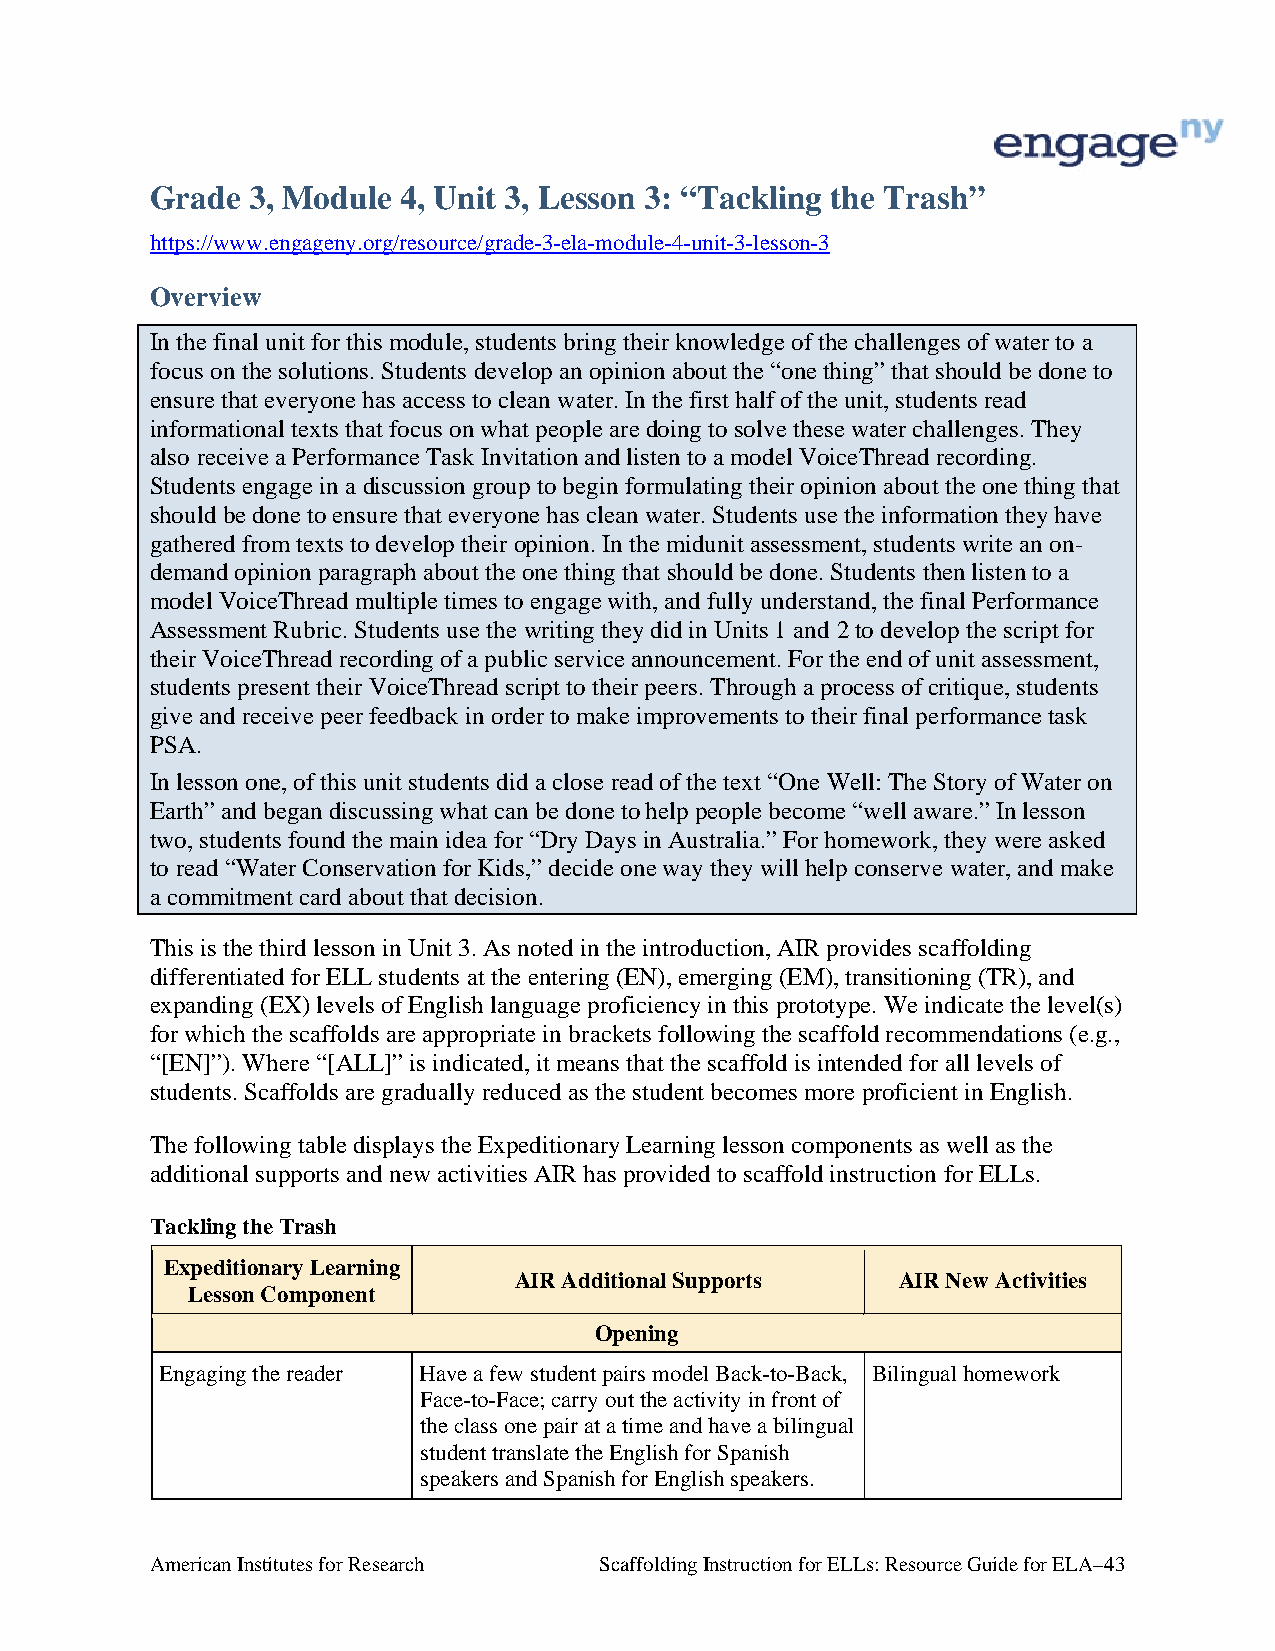
Grade 3, Module 4, Unit 3, Lesson 3: “Tackling the Trash”
 https://www.engageny.org/resource/grade-3-ela-module-4-unit-3-lesson-3
 Overview
 In the final unit for this module, students bring their knowledge of the challenges of water to a
 focus on the solutions. Students develop an opinion about the “one thing” that should be done to
 ensure that everyone has access to clean water. In the first half of the unit, students read
 informational texts that focus on what people are doing to solve these water challenges. They
 also receive a Performance Task Invitation and listen to a model VoiceThread recording.
 Students engage in a discussion group to begin formulating their opinion about the one thing that
 should be done to ensure that everyone has clean water. Students use the information they have
 gathered from texts to develop their opinion. In the midunit assessment, students write an on-
 demand opinion paragraph about the one thing that should be done. Students then listen to a
 model VoiceThread multiple times to engage with, and fully understand, the final Performance
 Assessment Rubric. Students use the writing they did in Units 1 and 2 to develop the script for
 their VoiceThread recording of a public service announcement. For the end of unit assessment,
 students present their VoiceThread script to their peers. Through a process of critique, students
 give and receive peer feedback in order to make improvements to their final performance task
 PSA.
 In lesson one, of this unit students did a close read of the text “One Well: The Story of Water on
 Earth” and began discussing what can be done to help people become “well aware.” In lesson
 two, students found the main idea for “Dry Days in Australia.” For homework, they were asked
 to read “Water Conservation for Kids,” decide one way they will help conserve water, and make
 a commitment card about that decision.
 This is the third lesson in Unit 3. As noted in the introduction, AIR provides scaffolding
 differentiated for ELL students at the entering (EN), emerging (EM), transitioning (TR), and
 expanding (EX) levels of English language proficiency in this prototype. We indicate the level(s)
 for which the scaffolds are appropriate in brackets following the scaffold recommendations (e.g.,
 “[EN]”). Where “[ALL]” is indicated, it means that the scaffold is intended for all levels of
 students. Scaffolds are gradually reduced as the student becomes more proficient in English.
 The following table displays the Expeditionary Learning lesson components as well as the
 additional supports and new activities AIR has provided to scaffold instruction for ELLs.
 Tackling the Trash
 Expeditionary Learning
 AIR Additional Supports   AIR New Activities
 Lesson Component
 Opening
 Engaging the reader Have a few student pairs model Back-to-Back, Bilingual homework
 Face-to-Face; carry out the activity in front of
 the class one pair at a time and have a bilingual
 student translate the English for Spanish
 speakers and Spanish for English speakers.
 American Institutes for Research Scaffolding Instruction for ELLs: Resource Guide for ELA–43